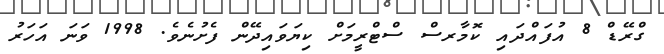
ގްރޭޑް 8 އުފައްދައި ކޮމާރސް ސްޓްރީމަށް ކިޔަވައިދޭން ފެށުނެވެ. 1998 ވަނަ އަހަރު